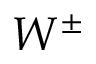
W ^ { \pm }